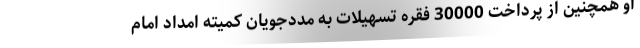
او همچنین از پرداخت 30000 فقره تسهیلات به مددجویان کمیته امداد امام